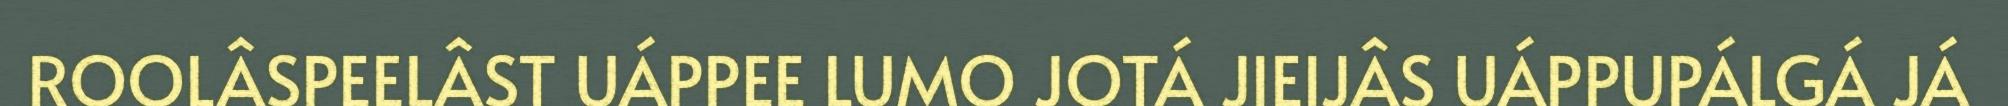
ROOLÂSPEELÂST UÁPPEE LUMO JOTÁ JIEIJÂS UÁPPUPÁLGÁ JÁ